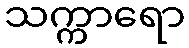
သက္ကာရော